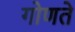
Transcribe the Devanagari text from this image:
गोणते